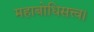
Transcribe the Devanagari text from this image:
महाबोधिसत्त्व।